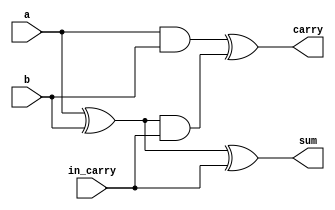
module full_adder(input  a,
                  input  b,
                  input  in_carry,
                  output sum,
                  output carry);

    wire sum0;
    wire carry0;
    wire carry1;

    xor (sum0, a, b);
    and (carry0, a, b);

    xor (sum, sum0, in_carry);
    and (carry1, sum0, in_carry);

    xor (carry, carry0, carry1);

endmodule